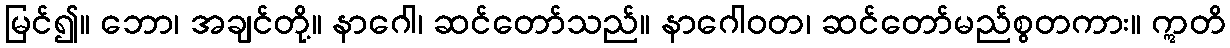
မြင်၍။ ဘော၊ အချင်တို့။ နာဂေါ၊ ဆင်တော်သည်။ နာဂေါဝတ၊ ဆင်တော်မည်စွတကား။ ဣတိ